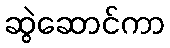
ဆွဲဆောင်ကာ